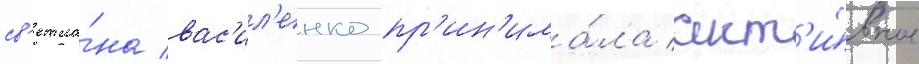
св'етла́на вас'ил'енко пр'ин'има́ла акт'и́вное